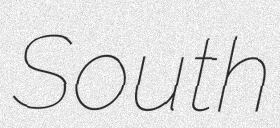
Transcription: South